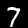
Label: 7